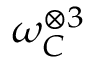
\omega _ { C } ^ { \otimes 3 }